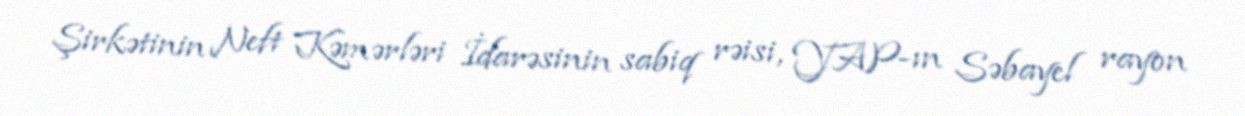
Şirkətinin Neft Kəmərləri İdarəsinin sabiq rəisi, YAP-ın Səbayel rayon